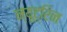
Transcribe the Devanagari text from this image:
न्यूट्रिन